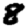
Digit: 8